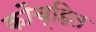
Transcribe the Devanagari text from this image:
कौच्हित